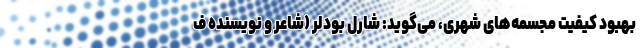
بهبود کیفیت مجسمه‌های شهری، می‌گوید: شارل بودلر (شاعر و نویسنده ف